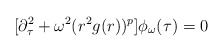
\begin{align*}[\partial_\tau^2 + \omega^2 (r^2 g(r))^p]\phi_\omega (\tau) = 0\end{align*}